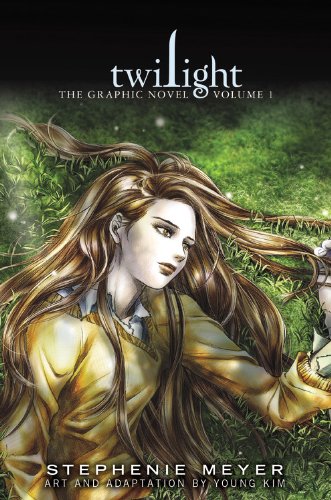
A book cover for Twilight: The Graphic Novel, Volume 1 (The Twilight Saga); Stephenie Meyer; Teen & Young Adult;